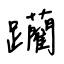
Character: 躪